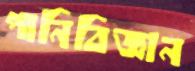
পানিবিজ্ঞান